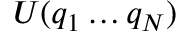
U ( q _ { 1 } \ldots q _ { N } )